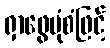
ရှာဖွေပုံစံဖြင့်